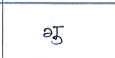
मजकूर: गु